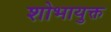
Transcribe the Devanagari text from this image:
शोभायुक्त